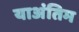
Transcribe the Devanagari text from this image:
याअंतिम